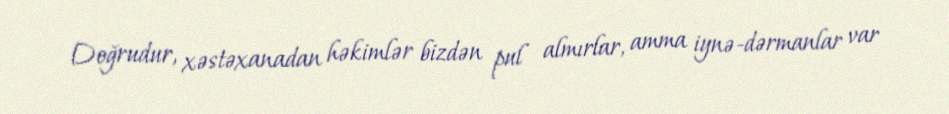
Doğrudur, xəstəxanadan həkimlər bizdən pul almırlar, amma iynə-dərmanlar var